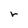
Character: r